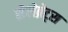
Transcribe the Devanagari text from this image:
सेलेब्रेट्स